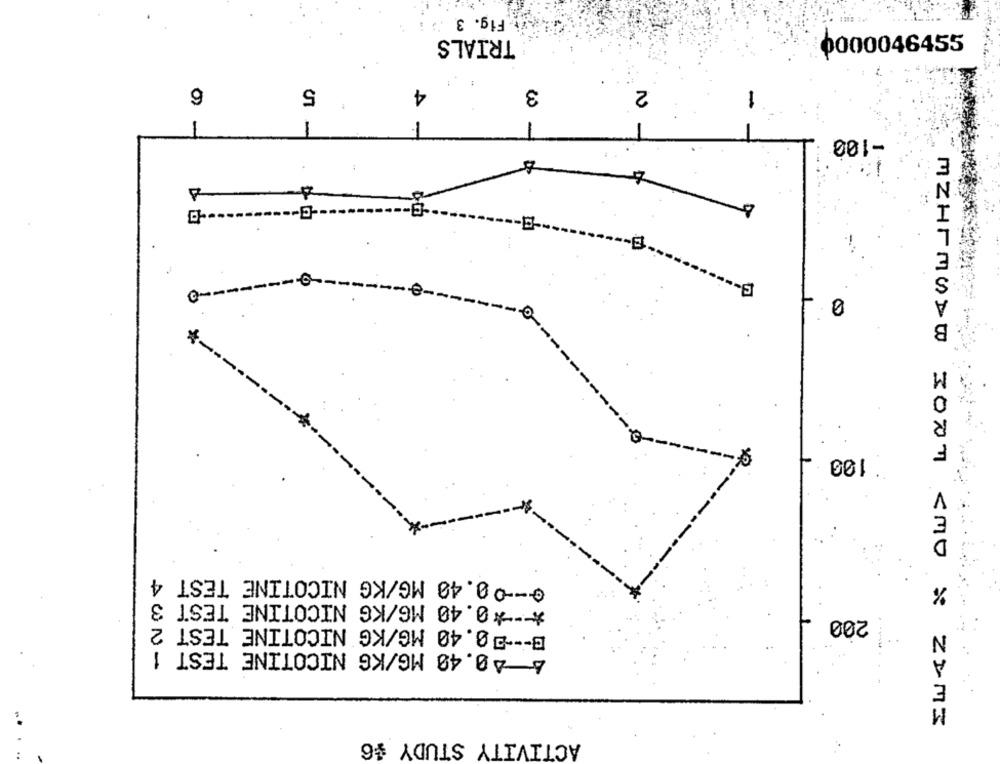
Fig. 3
TRIALS
0000046455
6
5
4
3
2
-100
-
------.
---
--------- 0
B
:100
@ -- 00.40 MG/KG NICOTINE TEST 4
%
*** 0.40 MG/KG NICOTINE TEST 3
B --- 20.40 MG/KG NICOTINE TEST 2
200
& A0.40 MG/KG NICOTINE TEST 1
E
M
MEHRMODW 3007 <MO & ZIMI
ACTIVITY STUDY $6